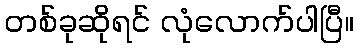
တစ်ခုဆိုရင် လုံလောက်ပါပြီ။